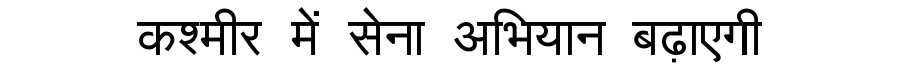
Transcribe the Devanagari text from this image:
कश्मीर में सेना अभियान बढ़ाएगी